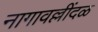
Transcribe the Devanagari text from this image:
नागावल्लींदळ